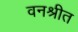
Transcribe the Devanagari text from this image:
वनश्रीत